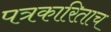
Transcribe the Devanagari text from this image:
पत्रकारिताच